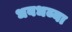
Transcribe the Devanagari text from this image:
धबधब्या